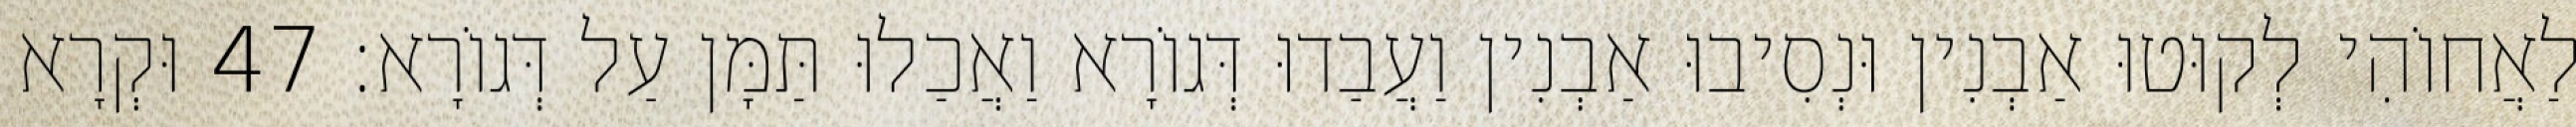
לַאֲחוֹהִי לְקוּטוּ אַבְנִין וּנְסִיבוּ אַבְנִין וַעֲבַדוּ דְּגוֹרָא וַאֲכַלוּ תַּמָּן עַל דְּגוֹרָא׃ 47 וּקְרָא